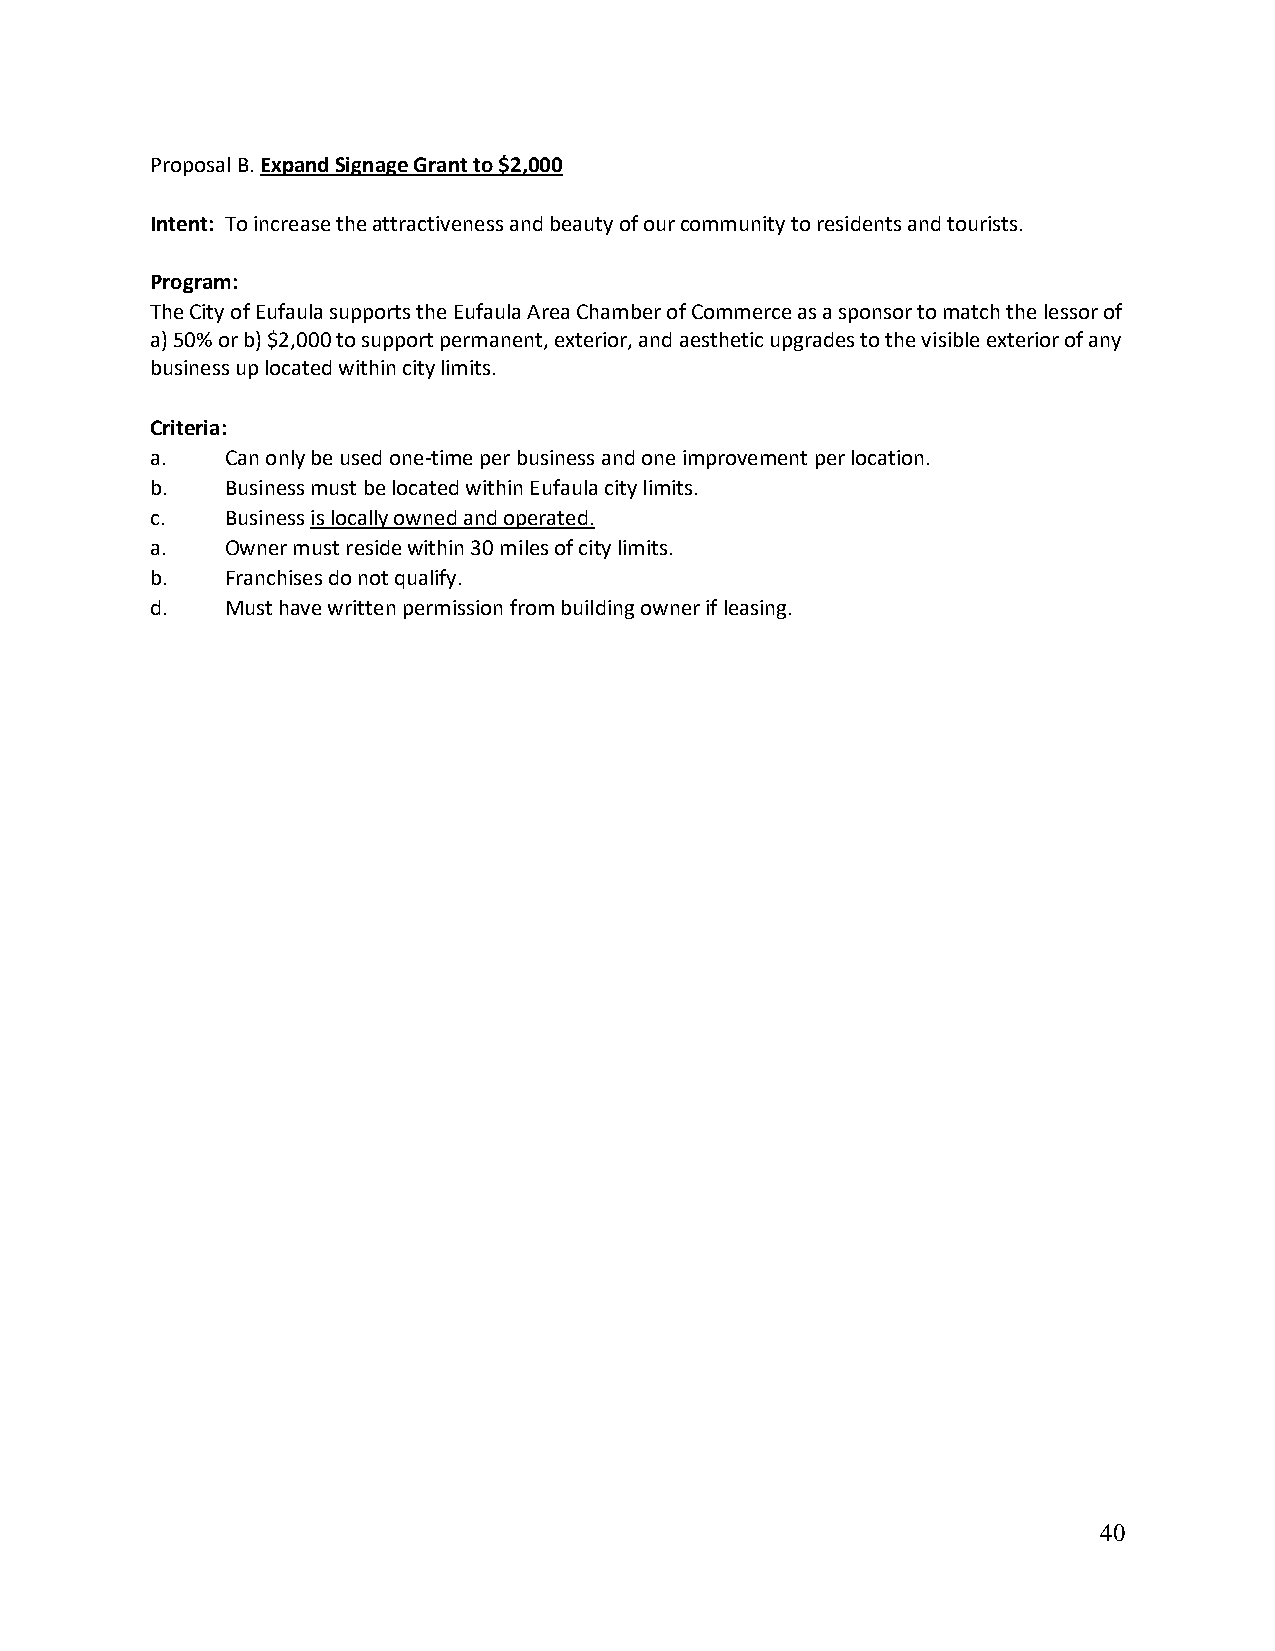
Proposal B. Expand Signage Grant to $2,000
 Intent: To increase the attractiveness and beauty of our community to residents and tourists.
 Program:
 The City of Eufaula supports the Eufaula Area Chamber of Commerce as a sponsor to match the lessor of
 a) 50% or b) $2,000 to support permanent, exterior, and aesthetic upgrades to the visible exterior of any
 business up located within city limits.
 Criteria:
 a.   Can only be used one-time per business and one improvement per location.
 b.   Business must be located within Eufaula city limits.
 c.   Business is locally owned and operated.
 a.   Owner must reside within 30 miles of city limits.
 b.   Franchises do not qualify.
 d.   Must have written permission from building owner if leasing.
 40